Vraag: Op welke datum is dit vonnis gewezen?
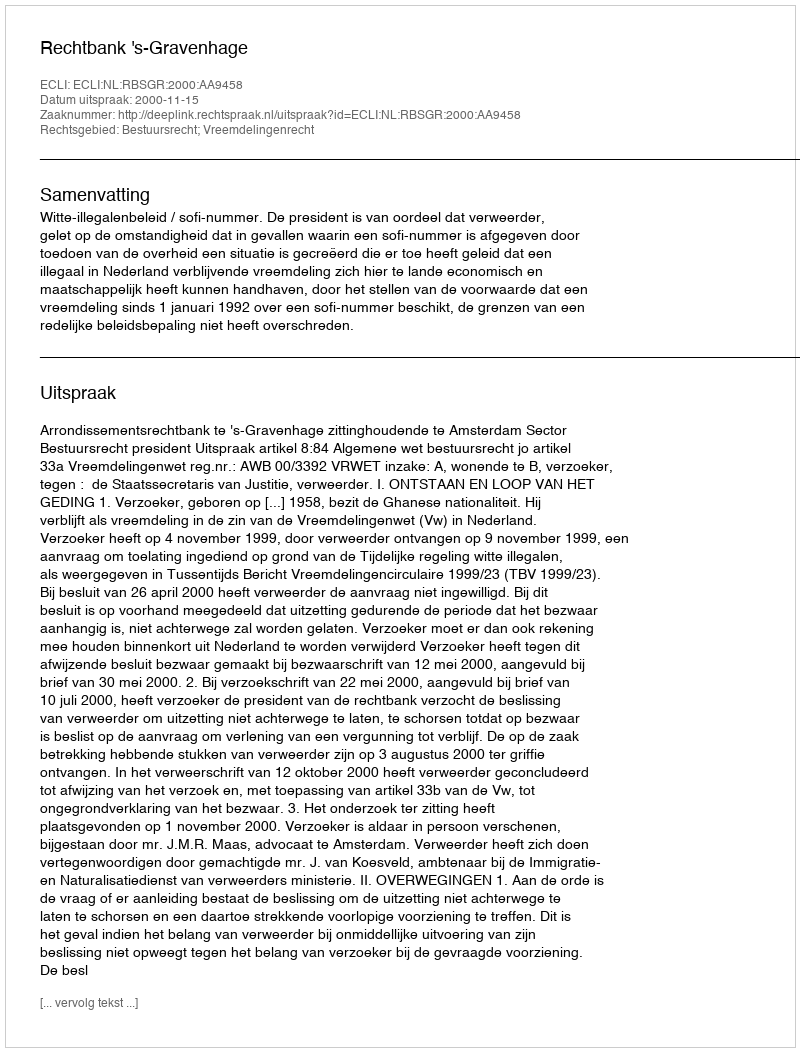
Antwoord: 2000-11-15